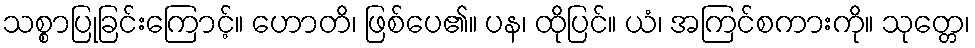
သစ္စာပြုခြင်းကြောင့်။ ဟောတိ၊ ဖြစ်ပေ၏။ ပန၊ ထိုပြင်။ ယံ၊ အကြင်စကားကို။ သုတ္တေ၊